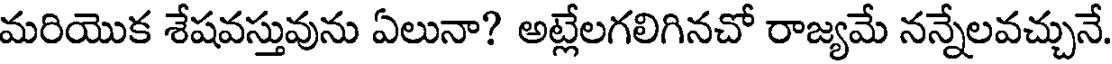
మరియొక శేషవస్తువును ఏలునా? అట్లేలగలిగినచో రాజ్యమే నన్నేలవచ్చునే